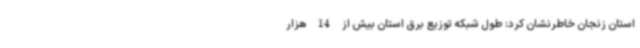
استان زنجان خاطرنشان کرد: طول شبکه توزیع برق استان بیش از 14 هزار